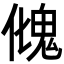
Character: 𩲏